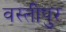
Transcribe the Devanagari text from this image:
वस्तीपुर